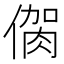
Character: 𠌳